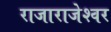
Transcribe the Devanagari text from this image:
राजाराजेश्‍वर